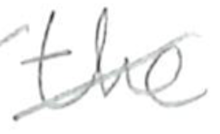
Text: the
Cross-out: diagonal
Writing tool: pencil